Trukikaitis_Postimees, lk 72
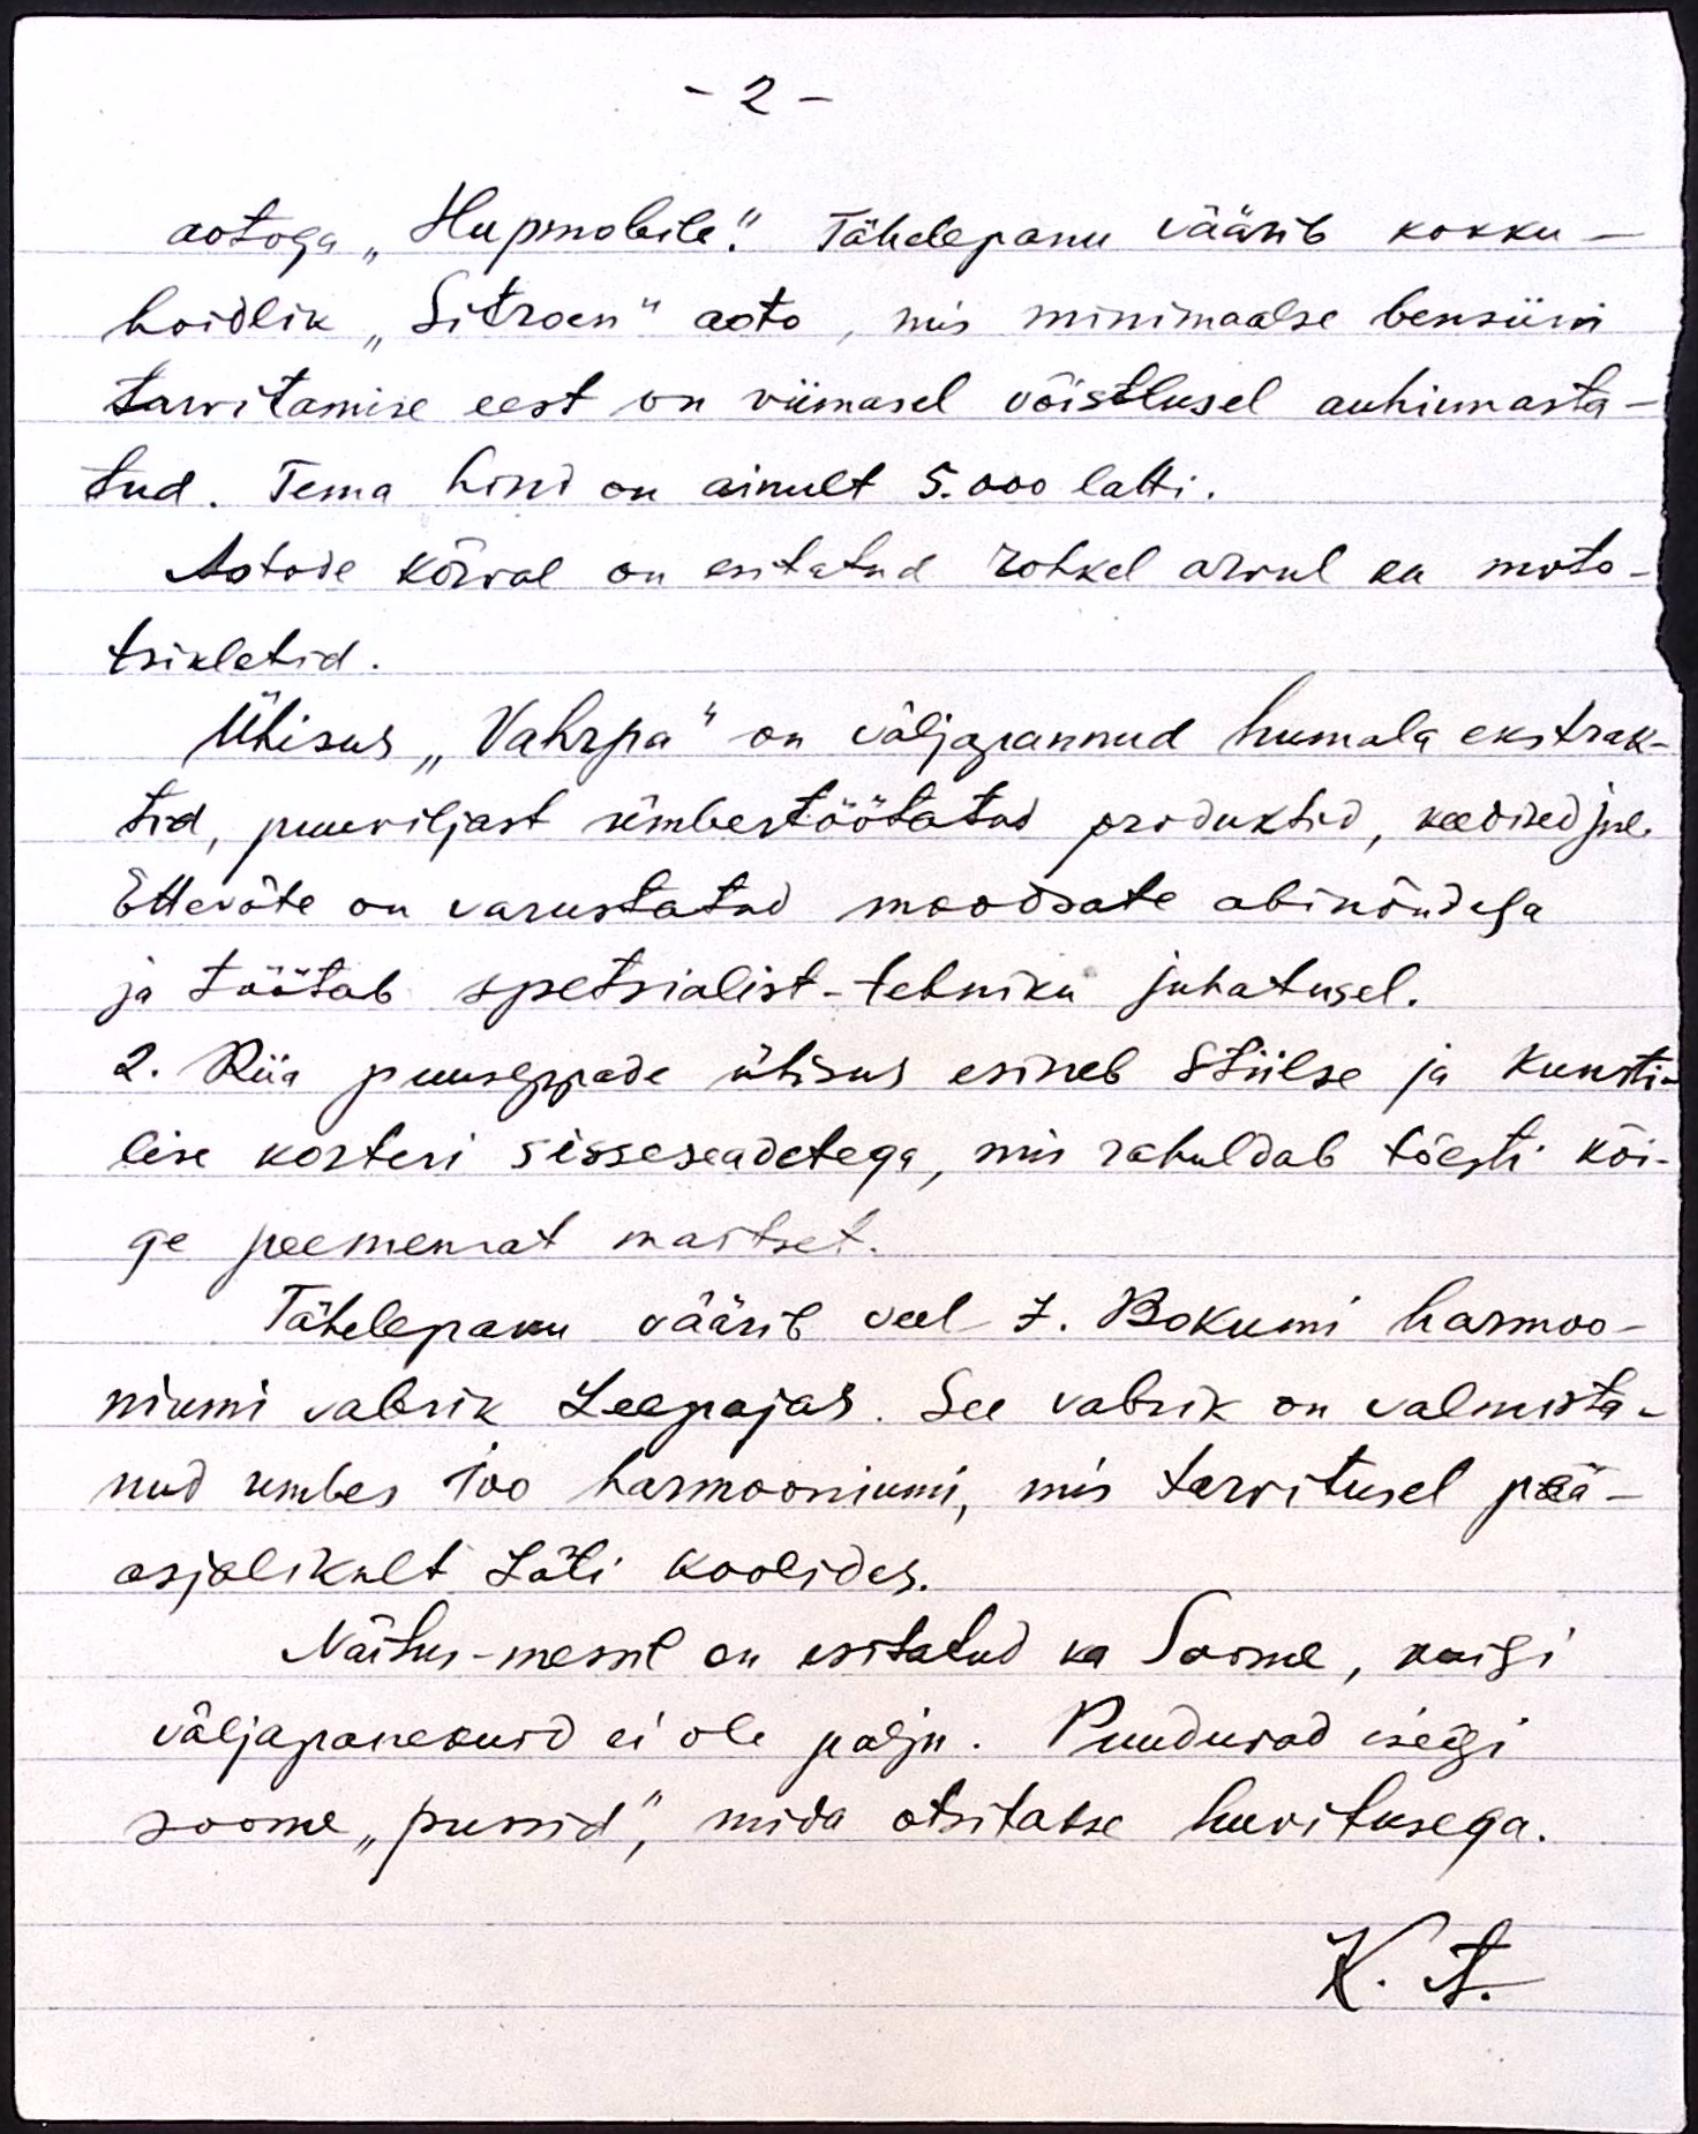
-2 -
aotoga "Нupmobile" Tähelepanu väärib kokku-
hoidlik "Sitroen" aoto, mis minimaalse bensiini
tarvitamise eest on viimasel võistlusel auhinnasta-
tud. Tema hind on ainult 5.000 latti.
Aotode kõrval on esitatud rohkel arvul ka moto-
tsikletid.
Ühisus "Vahrpa" on väljapannud humala ekstrak-
tid, puuviljast ümbertöötatud produktid, keedised jne.
Ettevõte on varustatud moodsate abinõudega
ja töötab spetsialist-tehniku juhatusel.
2. Riia puuseppade ühisus esineb Stiilse ja Kunsti-
lise korteri sisseseadetega, mis rahuldab tõesti kõi-
ge peememat maitset.
Tähelepanu väärib veel J. Bokumi harmoo-
niumi vabrik Leepajas. See vabrik on valmista-
nud umbes 100 harmooniumi, mis tarvitusel pää-
asjalikult Läti koolides.
Näitus-messil on esitatud ka Soome, kuigi
väljapanekuid ei ole palju. Puuduvad isegi
soome "pussid", mida otsitakse huvitusega.
K.A.